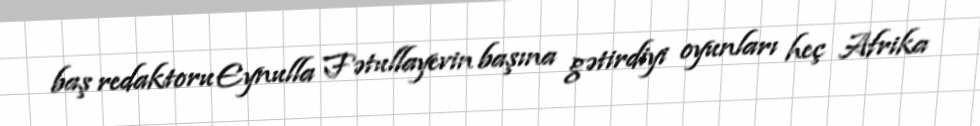
baş redaktoru Eynulla Fətullayevin başına gətirdiyi oyunları heç Afrika